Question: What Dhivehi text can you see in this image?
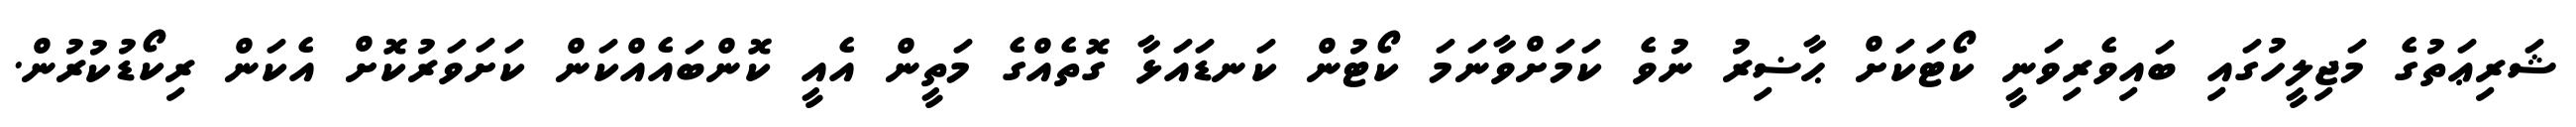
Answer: ޝަރިޢަތުގެ މަޖިލީހުގައި ބައިވެރިވަނީ ކޯޓަކަށް ޙާޟިރު ނުވެ ކަމަށްވާނަމަ ކޯޓުން ކަނޑައަޅާ ގޮތެއްގެ މަތީން އެއީ ކޮންބައެއްކަން ކަށަވަރުކޮށް އެކަން ރިކޯޑުކުރުން.